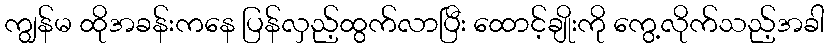
ကျွန်မ ထိုအခန်းကနေ ပြန်လှည့်ထွက်လာပြီး ထောင့်ချိုးကို ကွေ့လိုက်သည့်အခါ